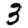
Digit: 3